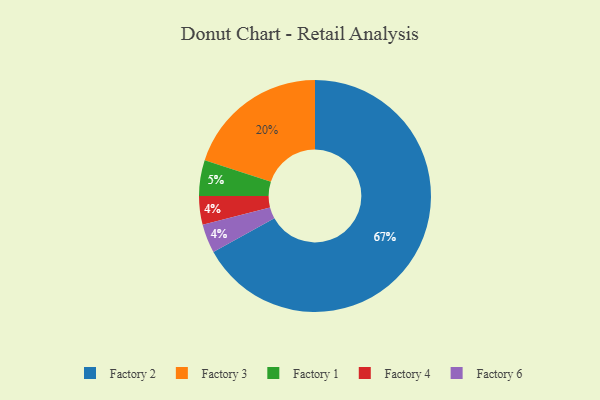
{"axis": {"x": "Category", "y": "Percentage"}, "legend": ["Factory 1", "Factory 2", "Factory 3", "Factory 4", "Factory 6"], "data": [{"x": "Factory 4", "y": 4, "type": "Factory 4"}, {"x": "Factory 3", "y": 20, "type": "Factory 3"}, {"x": "Factory 6", "y": 4, "type": "Factory 6"}, {"x": "Factory 2", "y": 67, "type": "Factory 2"}, {"x": "Factory 1", "y": 5, "type": "Factory 1"}]}